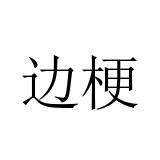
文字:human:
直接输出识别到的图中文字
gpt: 边梗